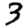
Digit: 3